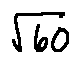
\sqrt { 6 0 }